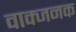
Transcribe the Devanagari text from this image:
वाक्जनक